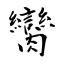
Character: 臠